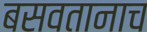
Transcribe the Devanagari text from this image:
बसवतानाच